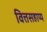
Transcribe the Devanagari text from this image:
वित्तसहाय्य